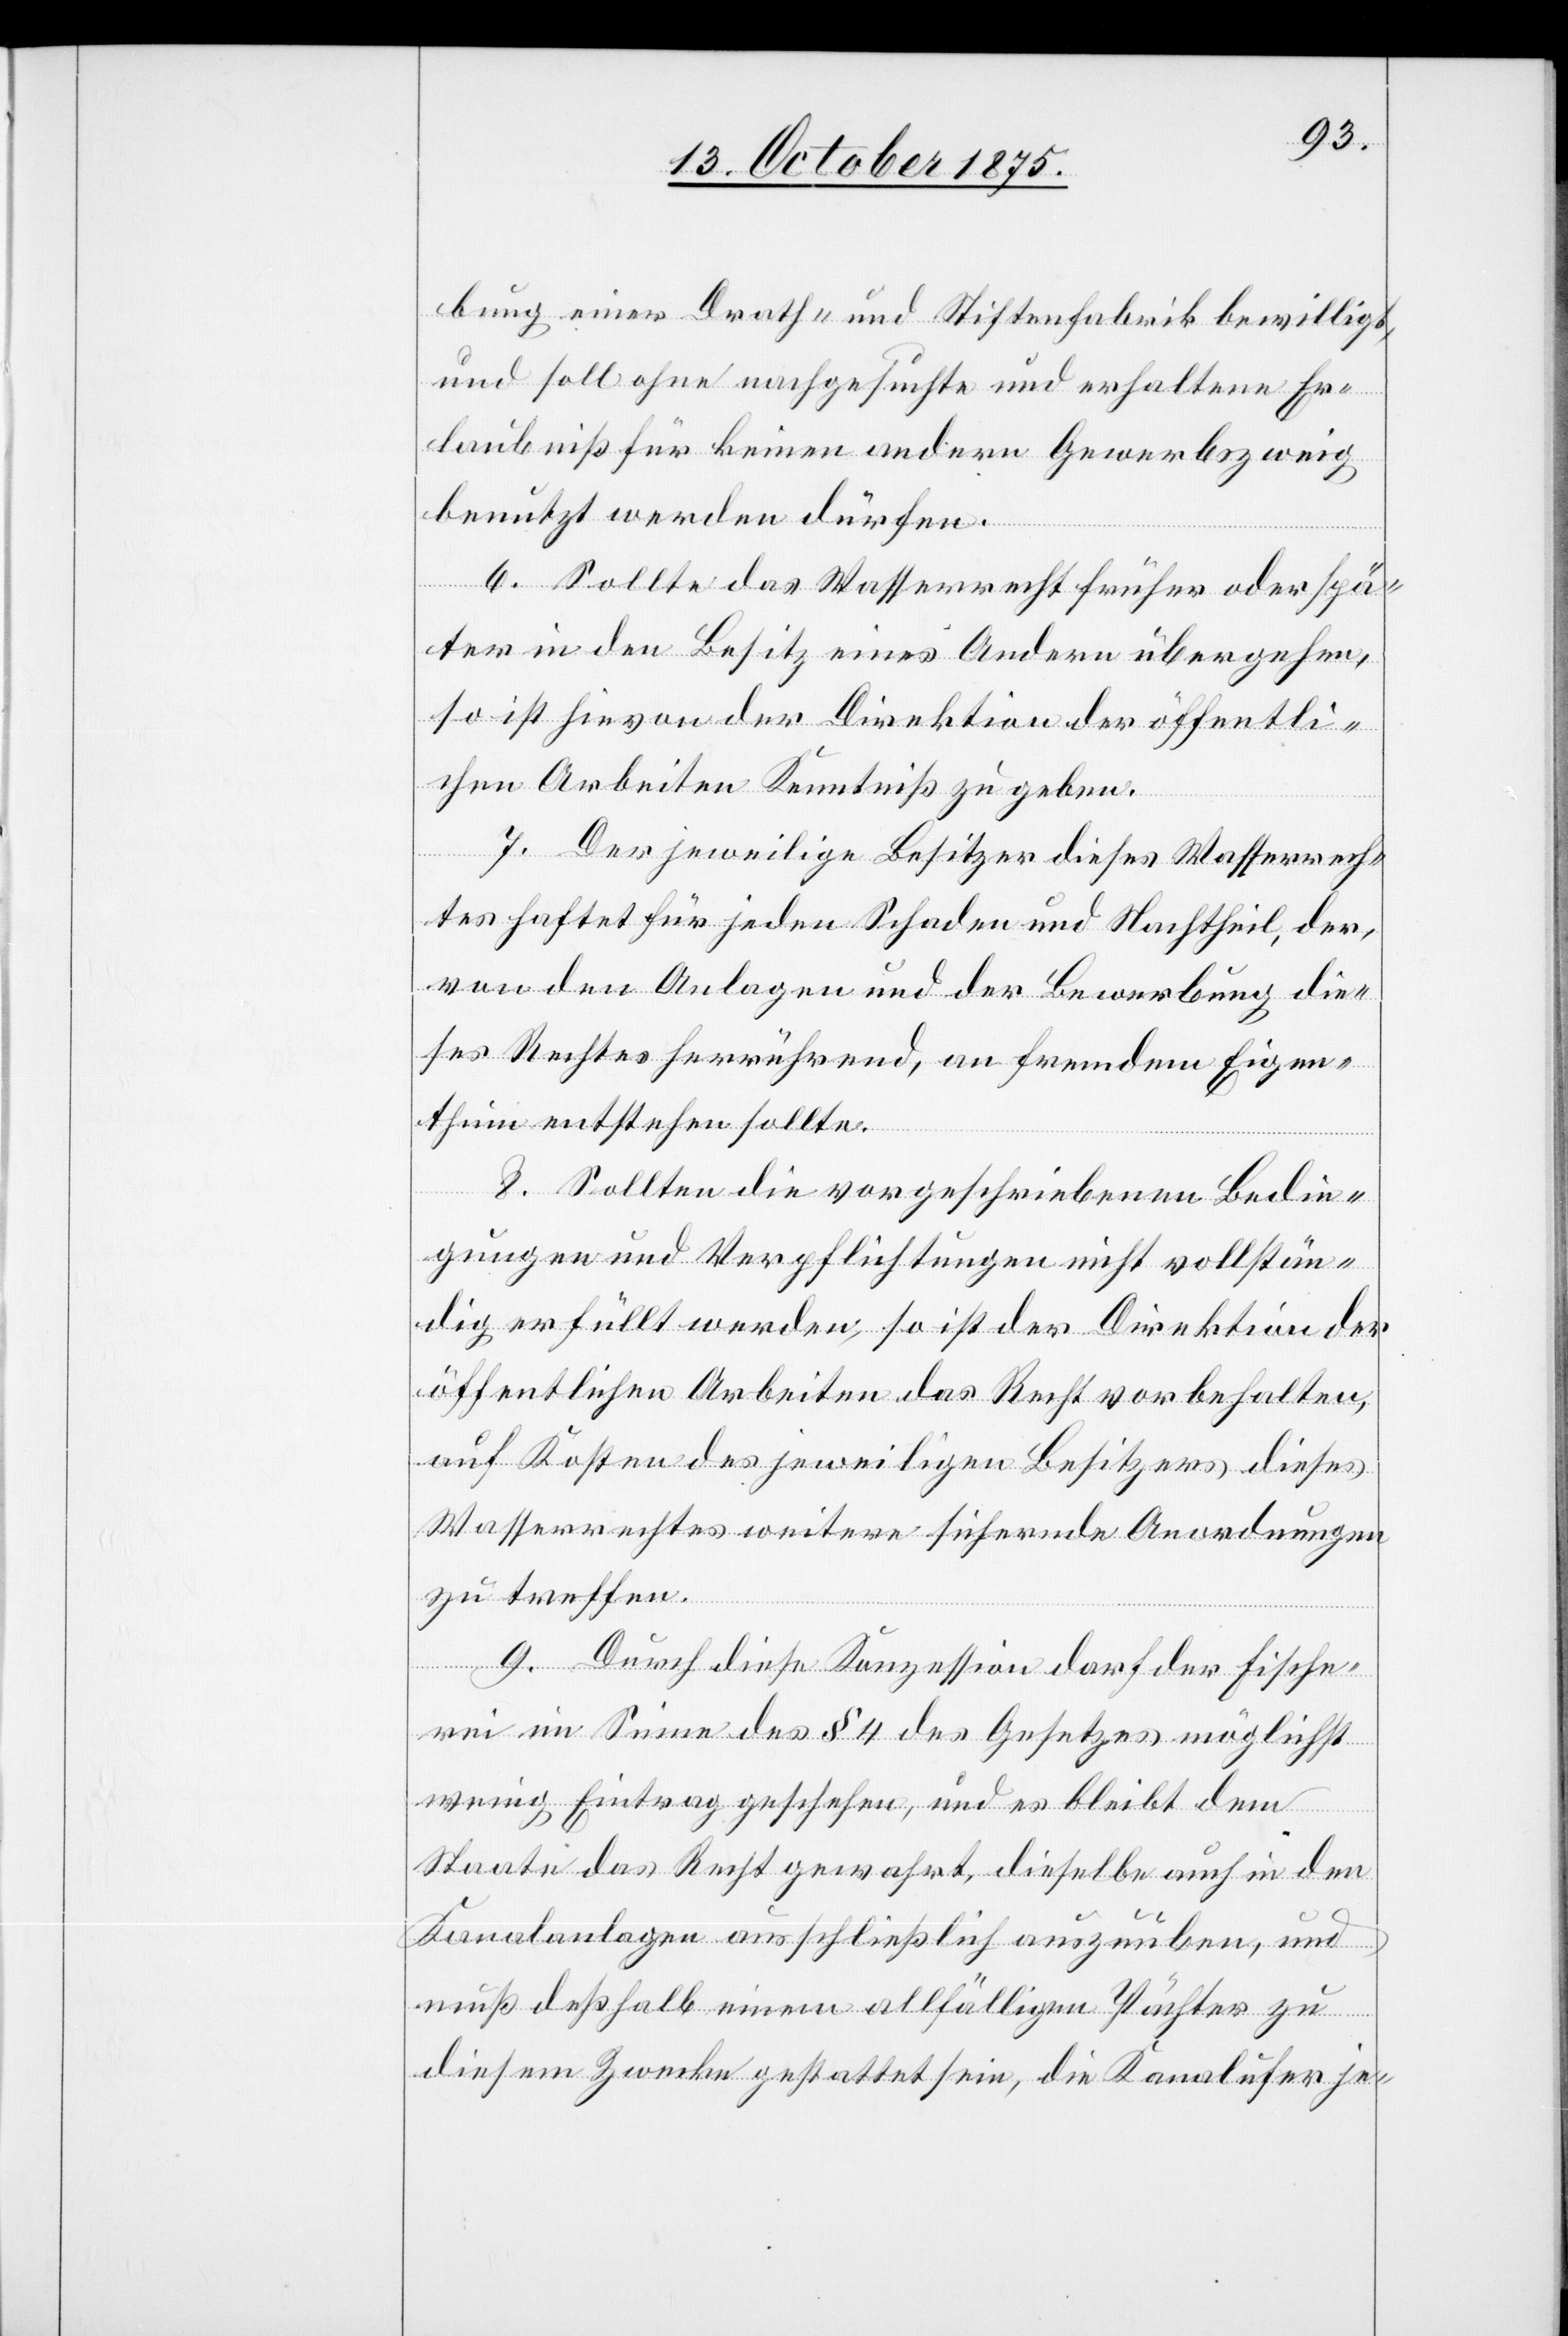
bung einer Drath- und Stiftenfabrik bewilligt,
und soll ohne nachgesuchte und erhaltene Er¬
laubniß für keinen andern Gewerbszweig
benutzt werden dürfen.
6. Sollte das Wasserrecht früher oder spä¬
ter in den Besitz eines Andern übergehen,
so ist hievon der Direktion der öffentli¬
chen Arbeiten Kenntniß zu geben.
7. Der jeweilige Besitzer dieses Wasserrech¬
tes haftet für jeden Schaden und Nachtheil, der,
von den Anlagen und der Bewerbung die¬
ses Rechtes herrührend, an fremdem Eigen¬
thum entstehen sollte.
8. Sollten die vorgeschriebenen Bedin¬
gungen und Verpflichtungen nicht vollstän¬
dig erfüllt werden, so ist der Direktion der
öffentlichen Arbeiten das Recht vorbehalten,
auf Kosten des jeweiligen Besitzers dieses
Wasserrechtes weitere sichernde Anordnungen
zu treffen.
9. Durch diese Konzession darf der Fische¬
rei im Sinne des § 4 des Gesetzes möglichst
wenig Eintrag geschehen, und es bleibt dem
Staate das Recht gewahrt, dieselbe auch in den
Kanalanlagen ausschließlich auszuüben, und
muß deßhalb einem allfälligen Pächter zu
diesem Zwecke gestattet sein, die Kanalufer je-